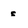
Character: s